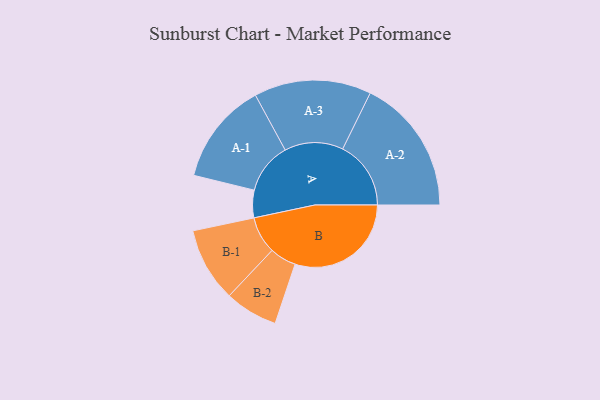
{"axis": {"x": "Segment", "y": "Value"}, "legend": ["", "A", "B"], "data": [{"x": "A", "y": 114, "type": ""}, {"x": "B", "y": 482, "type": ""}, {"x": "A-1", "y": 212, "type": "A"}, {"x": "A-2", "y": 283, "type": "A"}, {"x": "A-3", "y": 243, "type": "A"}, {"x": "B-1", "y": 154, "type": "B"}, {"x": "B-2", "y": 110, "type": "B"}]}